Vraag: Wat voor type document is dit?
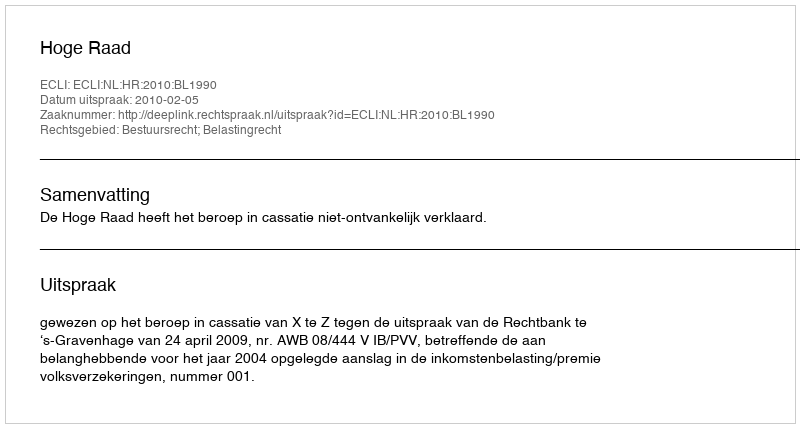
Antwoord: Uitspraak